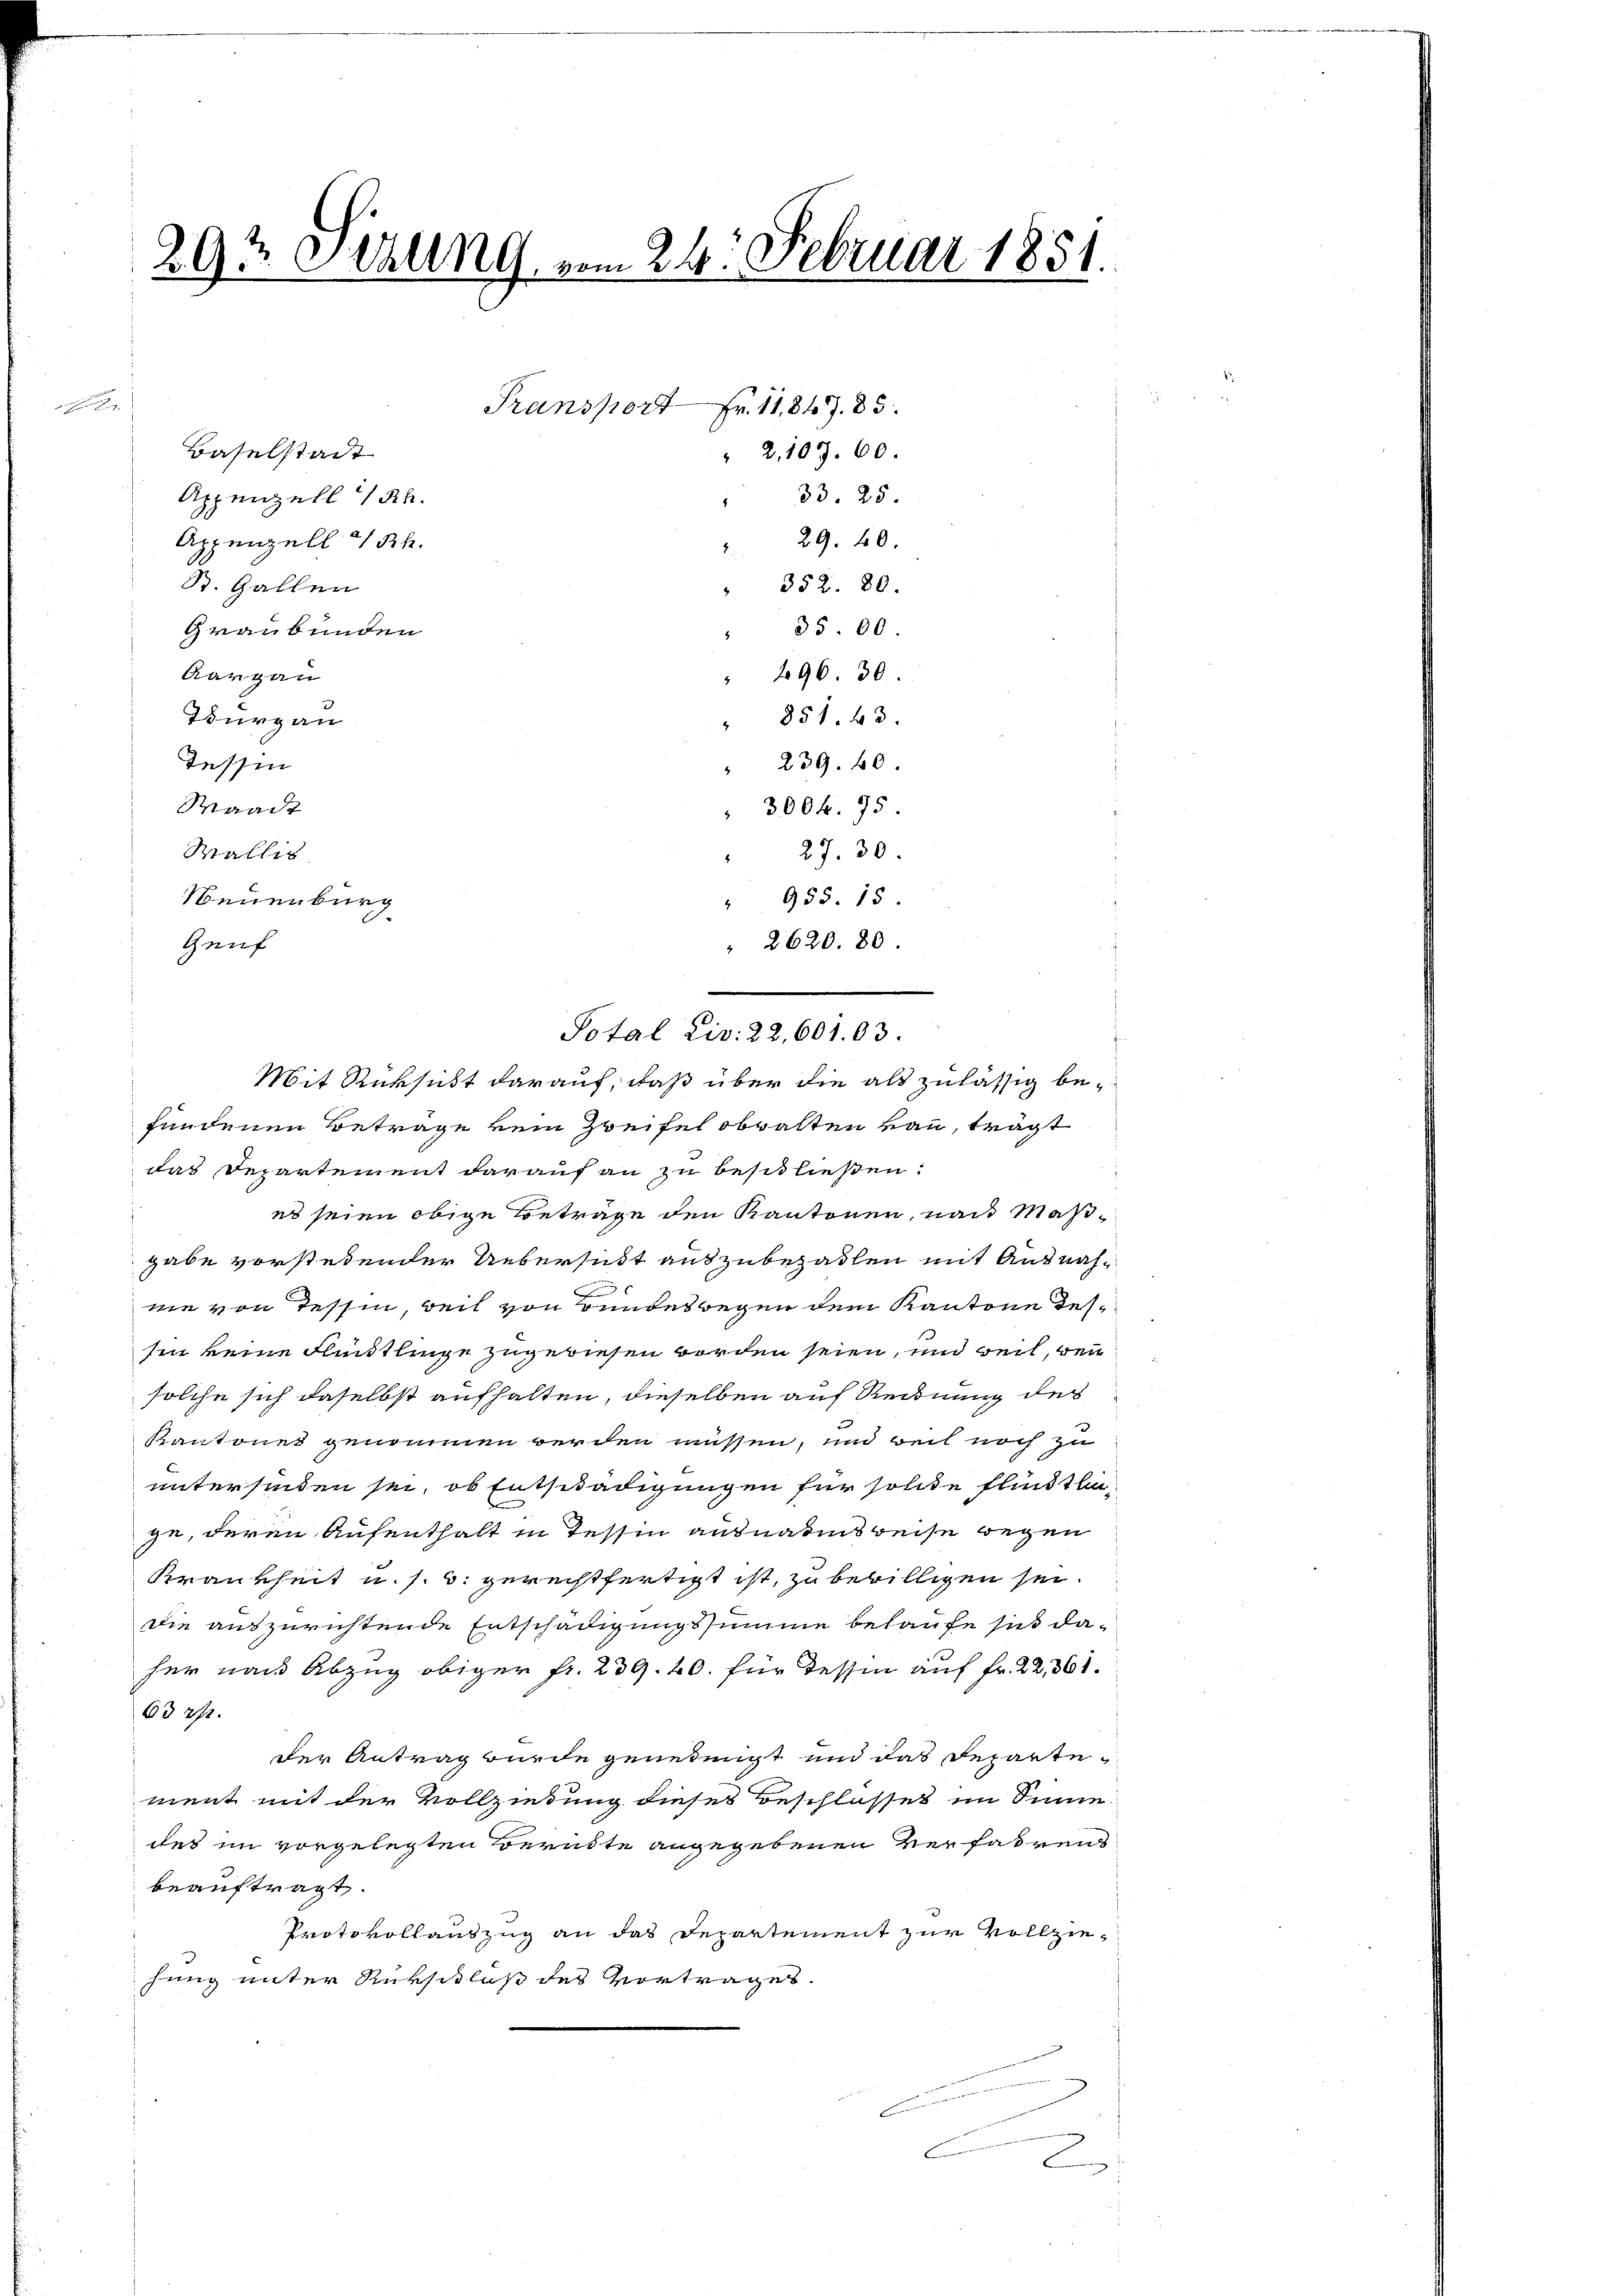
29t Stauung, vom 24. Februar 1851.

u
Baselstadt
Appenzell I/Rh.
Appenzell a/Rh.
St. Gallen
35.00
Graubünden
Aargau
" 296. 30.
Thurgau
" 851. 43.
Tessin
" 239. 40.
Waadt
3004. 75
Wallis
27. 30.
" 955. 15.
Genf
" 2620. 80
fundenen Betrage kein Zweifel obwalten kan, trägt
das Departement darauf an zu beschließen:
es seien obige Betrage den Kantonen, nach Maßgabe vorstehender Uebersidt auszubezahlen mit Ausnahnie von Tessin, weil von Bundeswegen dem Kantone dessin keine Flüchtlinge zugewiesen worden seien, und weil, den
solche sich daselbst aufhalten, dieselben auf Rechnung des
Kantones genommen werden müssen, und weil noch zu
untersenden sei, ob Entschädigungen für solche Flindtlinge, deren Aufenthalt in Tessin ausnahmsweise wegen
Krankheit u. s. w. gerechtfertigt ist, zu bewilligen sei.
die auszurichtende Entschädigungssumme belaufe sich daher nach Abzug obiger fr. 239. 40. für Tessin auf Fr. 22, 561.
63 27.
der Antrag wurde genehmigt und das Reparte
ment mit der Vollziehung dieses Beschlosses im Sinne
des im vorgelegten Beruhte angegebenen Verfahrens
beauftragt.
Protokollauszug an das Departement zur Vollziehung unter Rückschloß des Vortrages.
ugnen
l

Neuenburg

Transport Fr. 11847. 85.
" 2, 107. 60.
33. 25

29. 40.
352. 80.

Sotal Civ. 22, 601. 63.
Mit Rücksicht darauf, daß über die als zulässig be-